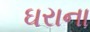
ઘરાના